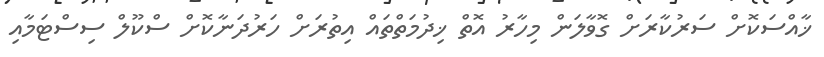
ޚާއްސަކޮށް ސަރުކާރަށް ގޮވާލަން މިހާރު އޮތް ޚިދުމަތްތައް އިތުރަށް ހަރުދަނާކޮށް ސްކޫލް ސިސްޓަމާއި